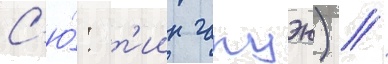
С'ю́: т'иин гакуэн) //